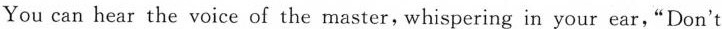
You can hear the voice of the master，whispering in your ear,“Don't